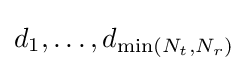
d_{1},\ldots ,d_{\min(N_{t},N_{r})}